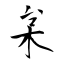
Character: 枲